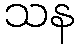
သန